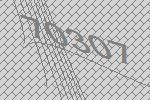
70307